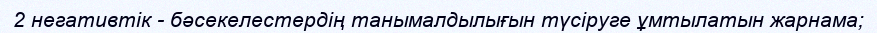
2 негативтік - бәсекелестердің танымалдылығын түсіруге ұмтылатын жарнама;